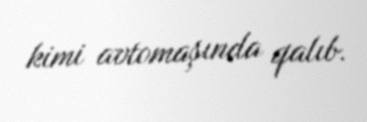
kimi avtomaşında qalıb.